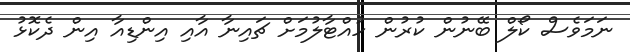
ނަމަވެސް ކޯލް ބޭނުން ކުރުން ހުއްޓާލުމަށް ޗައިނާ އާއި އިންޑިއާ އިން ދެކޮޅު